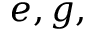
e , g ,